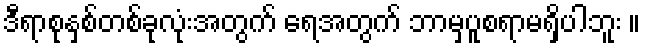
ဒီရာစုနှစ်တစ်ခုလုံးအတွက် ရေအတွက် ဘာမှပူစရာမရှိပါဘူး ။